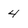
Character: 4